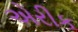
એરીક